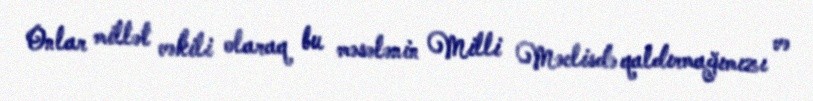
Onlar millət vəkili olaraq bu məsələnin Milli Məclisdə qaldırmağımızı və